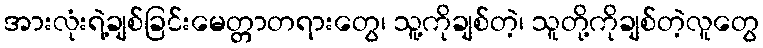
အားလုံးရဲ့ချစ်ခြင်းမေတ္တာတရားတွေ၊ သူ့ကိုချစ်တဲ့၊ သူတို့ကိုချစ်တဲ့လူတွေ